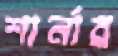
শার্নার